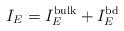
LaTeX: \begin{align*}I_E = I_E^{\mathrm{bulk}} + I_E^{\mathrm{bd}}\end{align*}